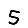
Digit: 5